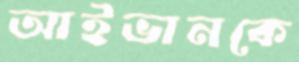
আইভানকে